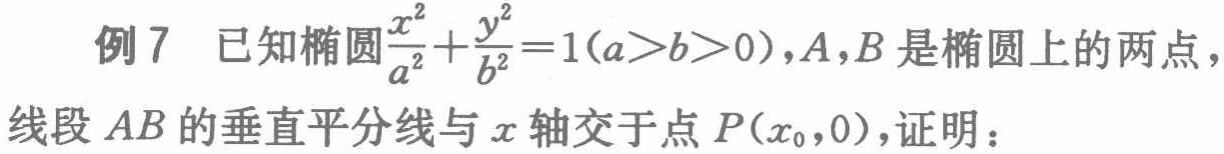
例7 已知椭圆$\frac{x^{2}}{a^{2}}+\frac{y^{2}}{b^{2}} = 1(a > b > 0)$，$A,B$是椭圆上的两点，线段$AB$的垂直平分线与$x$轴交于点$P(x_{0},0)$，证明：